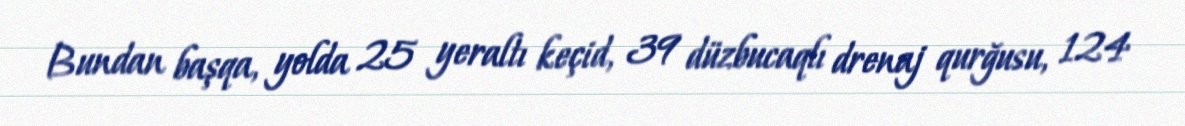
Bundan başqa, yolda 25 yeraltı keçid, 39 düzbucaqlı drenaj qurğusu, 124